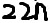
Text: 22n